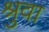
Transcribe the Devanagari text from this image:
श्रुवा